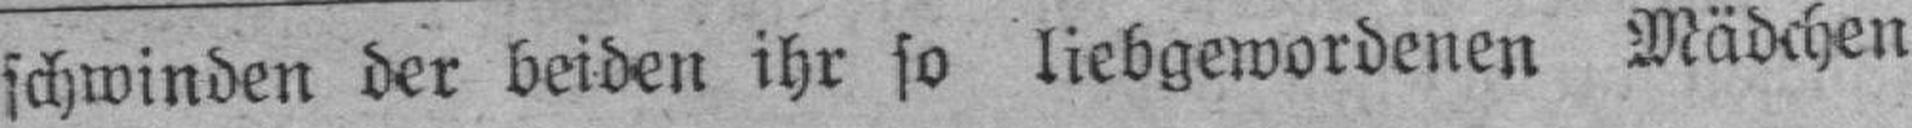
schwinden der beiden ihr so liebgewordenen Mädchen